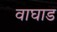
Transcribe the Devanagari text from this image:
वाघाड